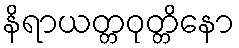
နိရာယတ္တဝုတ္တိနော